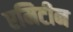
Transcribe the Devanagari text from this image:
एमिटीन